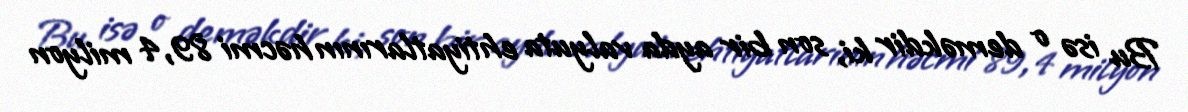
Bu isə o deməkdir ki, son bir ayda valyuta ehtiyatlarının həcmi 89,4 milyon